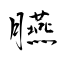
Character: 臙